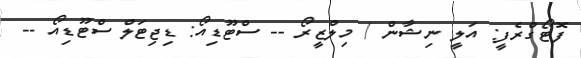
ފޮޓޯގްރެފީ: އަލީ ނިޝާން / މިލްޒީރޯ -- ސްޓޫޑިއޯ: ޑިޖިޓަލް ސްޓޫޑިއޯ --